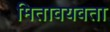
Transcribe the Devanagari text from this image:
मितावयवता